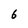
Character: 6